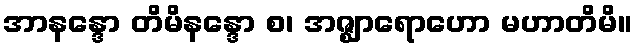
အာနန္ဒော တိမိနန္ဒော စ၊ အဇ္ဈာရောဟော မဟာတိမိ။